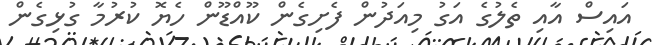
އައިސް އާއި ތެލުގެ އަގު މިއަދުން ފެށިގެން ކޫއްޑޫން ހެޔޮ ކުރުމާ ގުޅިގެން